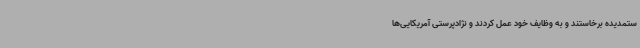
ستمدیده برخاستند و به وظایف خود عمل کردند و نژادپرستی آمریکایی‌ها